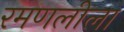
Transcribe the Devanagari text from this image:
रमणलीला